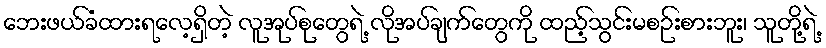
ဘေးဖယ်ခံထားရလေ့ရှိတဲ့ လူအုပ်စုတွေရဲ့ လိုအပ်ချက်တွေကို ထည့်သွင်းမစဉ်းစားဘူး၊ သူတို့ရဲ့